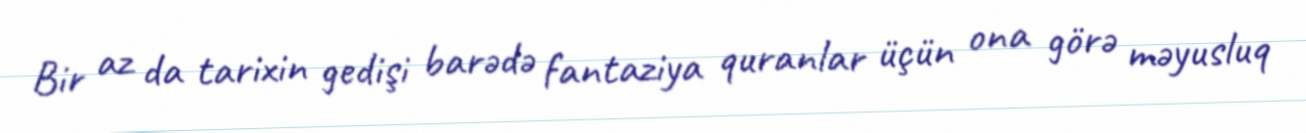
Bir az da tarixin gedişi barədə fantaziya quranlar üçün ona görə məyusluq